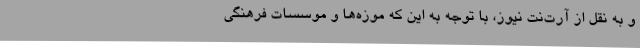
و به نقل از آرت‌نت نیوز،‌ با توجه به این که موزه‌ها و موسسات فرهنگی